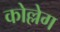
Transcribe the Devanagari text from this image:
कोल्लेग